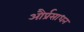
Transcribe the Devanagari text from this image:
और्प्रसाधन